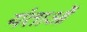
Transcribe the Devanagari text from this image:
यंताओं